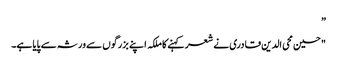
”
"حسین محی الدین قادری نے شعر کہنے کا ملکہ اپنے بزرگوں سے ورثہ سے پایا ہے۔